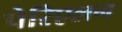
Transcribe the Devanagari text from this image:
पेरिएलन